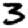
Digit: 3